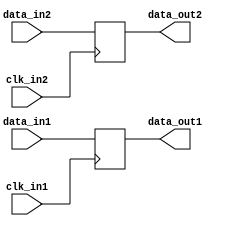
module multi_channel_synchronizer (
    input wire clk_in1, // Input clock domain 1
    input wire data_in1, // Input data from clock domain 1
    output reg data_out1, // Synchronized data output for clock domain 1
    input wire clk_in2, // Input clock domain 2
    input wire data_in2, // Input data from clock domain 2
    output reg data_out2 // Synchronized data output for clock domain 2
);

always @(posedge clk_in1) begin
    // Synchronize data from clock domain 1 to clock domain 2
    // Insert synchronization logic here
    data_out1 <= data_in1;
end

always @(posedge clk_in2) begin
    // Synchronize data from clock domain 2 to clock domain 1
    // Insert synchronization logic here
    data_out2 <= data_in2;
end

endmodule